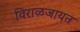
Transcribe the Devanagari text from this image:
विराळजायत